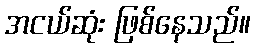
အငယ်ဆုံး ဖြစ်နေသည်။